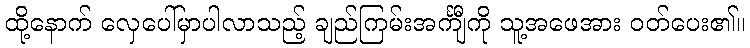
ထို့နောက် လှေပေါ်မှာပါလာသည့် ချည်ကြမ်းအင်္ကျီကို သူ့အဖေအား ဝတ်ပေး၏။